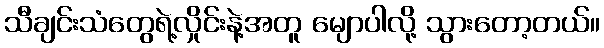
သီချင်းသံတွေရဲ့လှိုင်းနဲ့အတူ မျောပါလို့ သွားတော့တယ်။